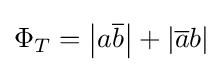
\Phi _{T}=\left\vert a{\overline {b}}\right\vert +\left\vert {\overline {a}}b\right\vert